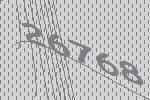
26768